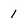
Character: 1